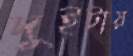
দুইটায়